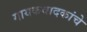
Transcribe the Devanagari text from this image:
गायकवादकांचे